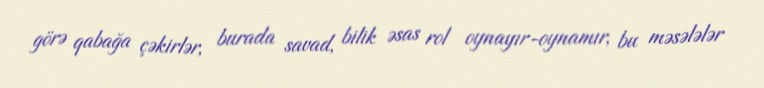
görə qabağa çəkirlər, burada savad, bilik əsas rol oynayır-oynamır, bu məsələlər